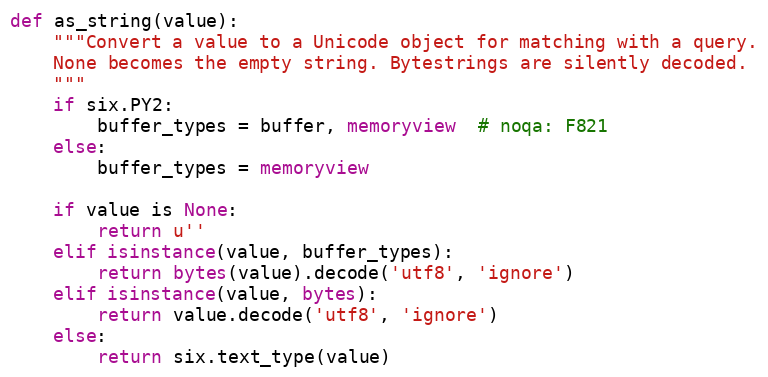
Language: Python
def as_string(value):
    """Convert a value to a Unicode object for matching with a query.
    None becomes the empty string. Bytestrings are silently decoded.
    """
    if six.PY2:
        buffer_types = buffer, memoryview  # noqa: F821
    else:
        buffer_types = memoryview

    if value is None:
        return u''
    elif isinstance(value, buffer_types):
        return bytes(value).decode('utf8', 'ignore')
    elif isinstance(value, bytes):
        return value.decode('utf8', 'ignore')
    else:
        return six.text_type(value)